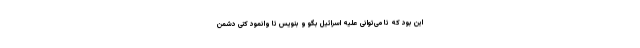
این بود که تا می‌توانی علیه اسرائیل بگو و بنویس تا وانمود کنی دشمن